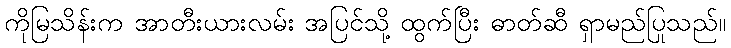
ကိုမြသိန်းက အာတီးယားလမ်း အပြင်သို့ ထွက်ပြီး ဓာတ်ဆီ ရှာမည်ပြုသည်။